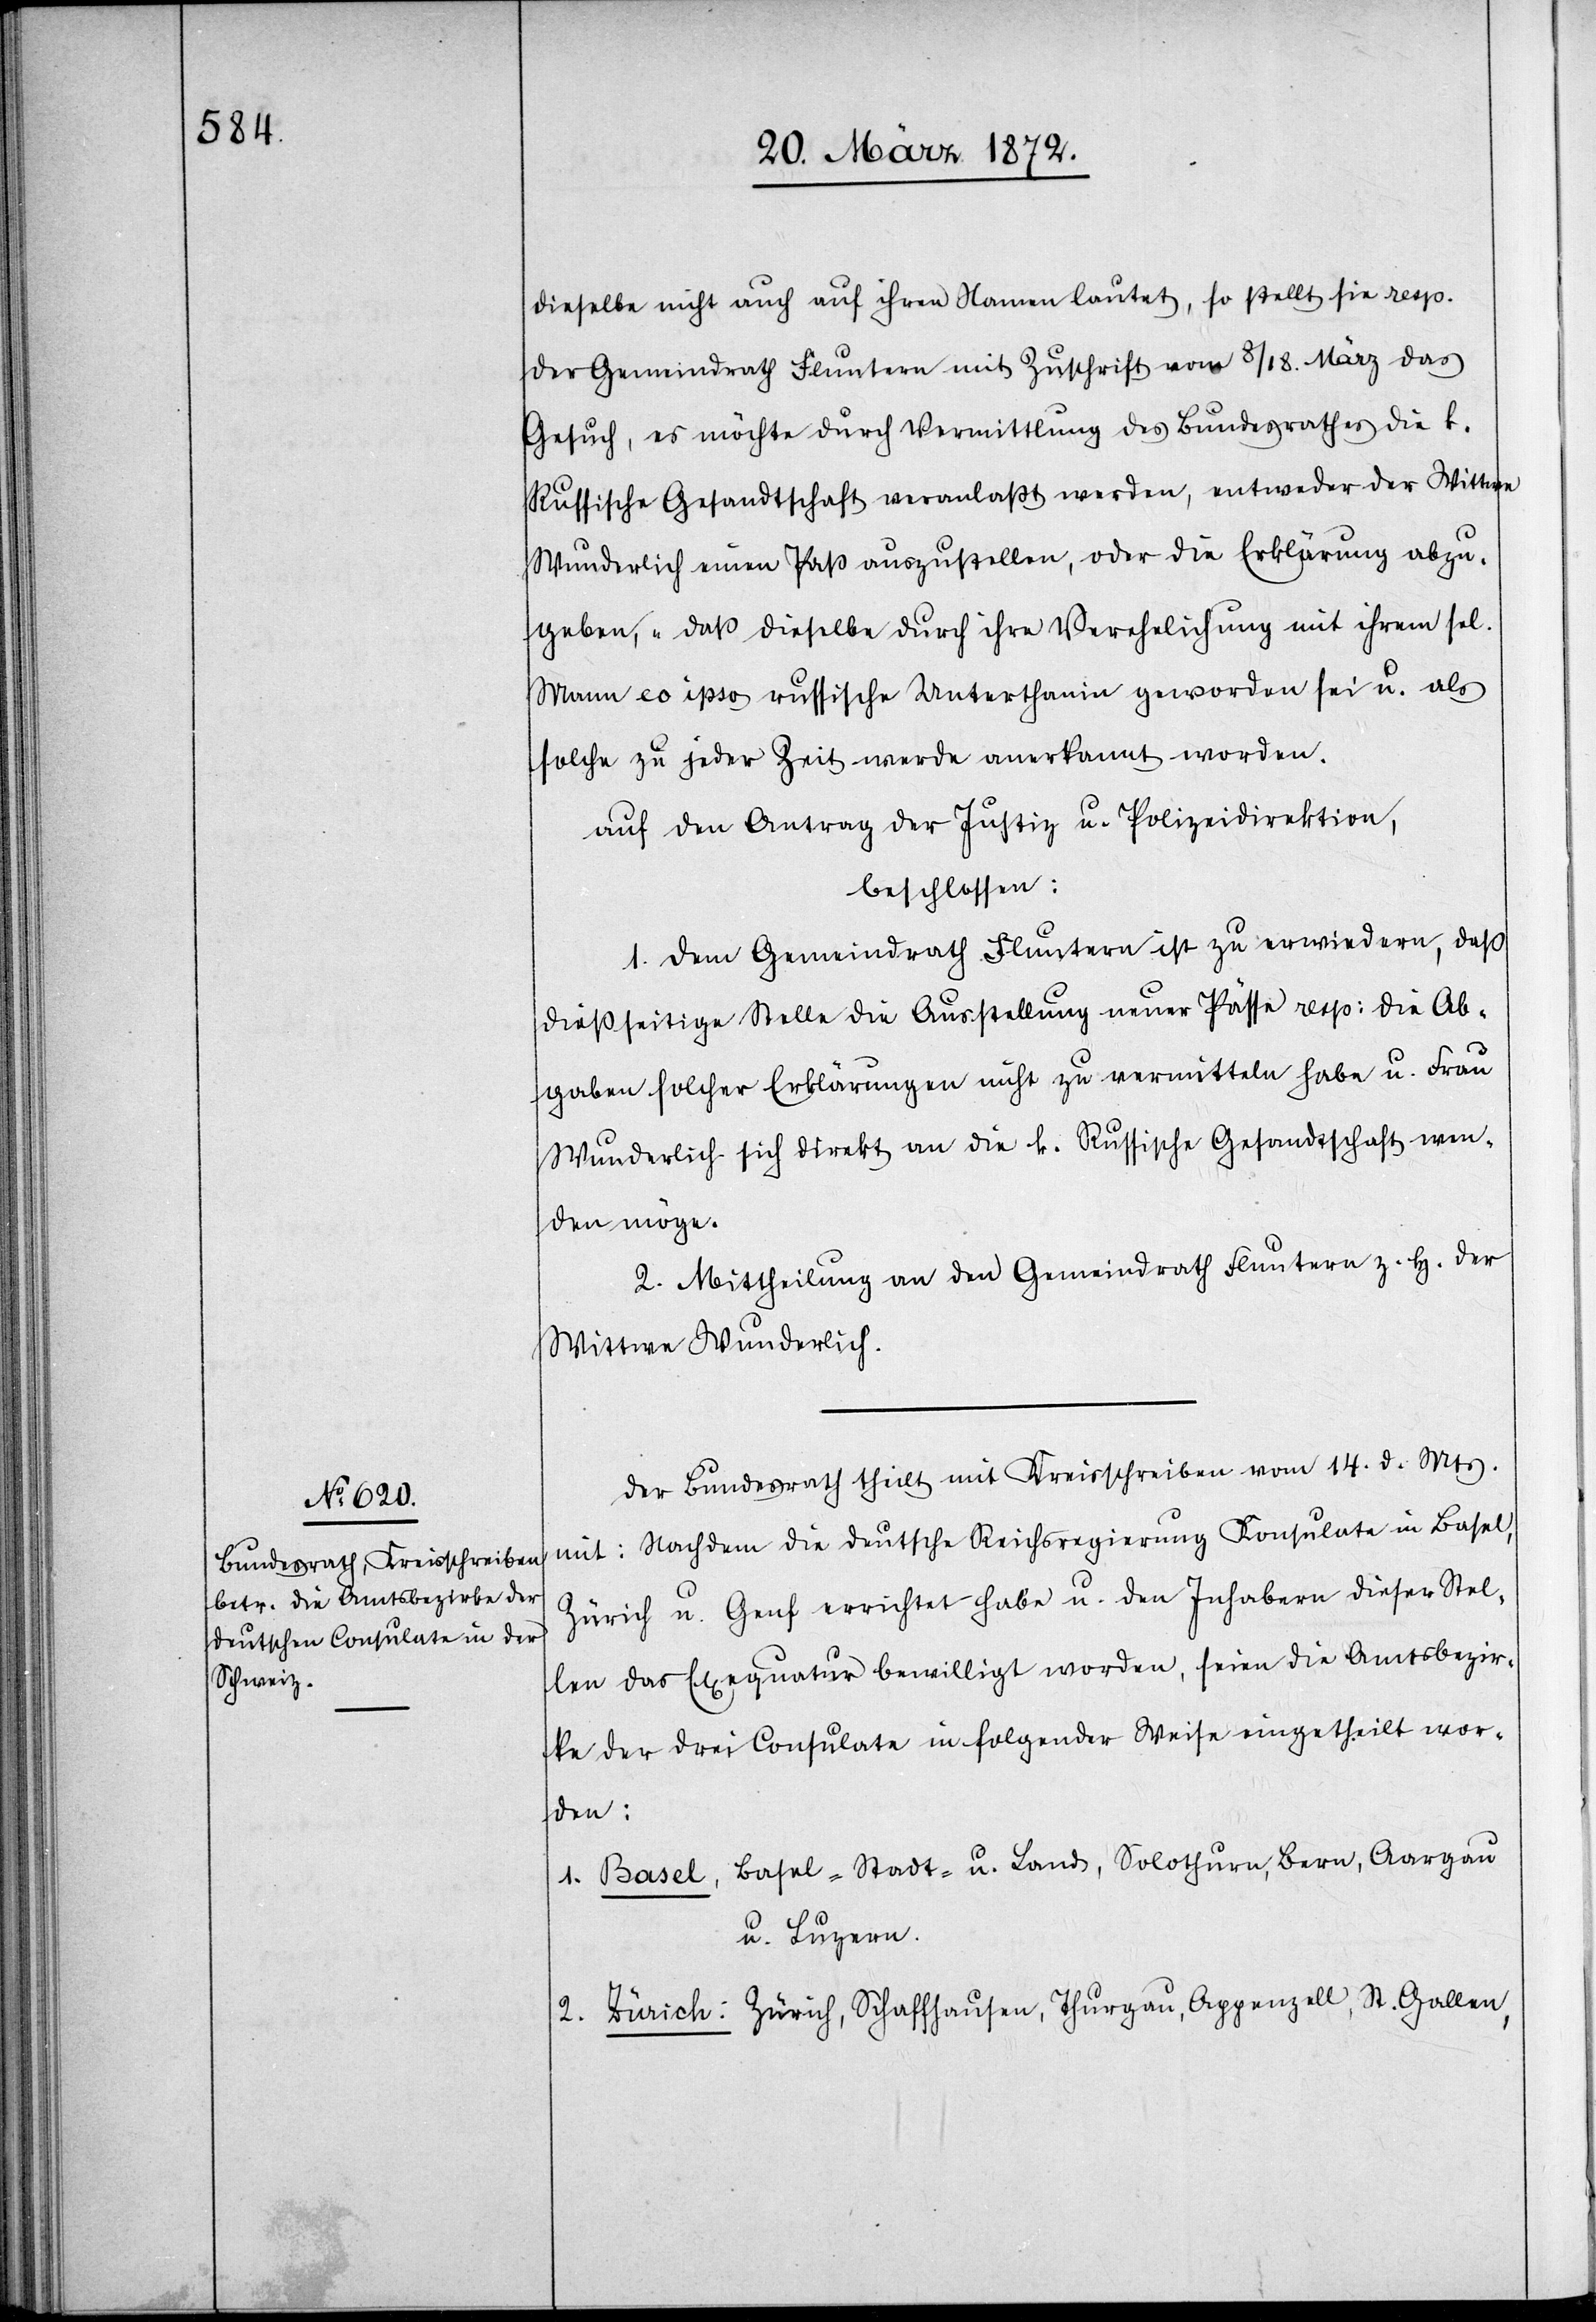
dieselbe nicht auch auf ihren Namen lautet, so stellt sie resp.
der Gemeindrath Fluntern mit Zuschrift vom 8/18. März das
Gesuch, es möchte durch Vermittlung des Bundesrathes die k.
Russische Gesandtschaft veranlaßt werden, entweder der Wittwe
Wunderlich einen Paß auszustellen, oder die Erklärung abzu¬
geben, „daß dieselbe durch ihre Verehelichung mit ihrem sel.
Mann eo ipso russische Unterthanin geworden sei u. als
solche zu jeder Zeit werde anerkannt worden
auf den Antrag der Justiz[-] u. Polizeidirektion,
beschlossen:
1. Dem Gemeindrath Fluntern ist zu erwiedern, daß
dießseitige Stelle die Ausstellung neuer Pässe resp: die Ab¬
gaben solcher Erklärungen nicht zu vermitteln habe u. Frau
Wunderlich sich direkt an die k. Russische Gesandtschaft wen¬
den möge.
2. Mittheilung an den Gemeindrath Fluntern z. H. der
Wittwe Wunderlich.
Der Bundesrath theilt mit Kreisschreiben vom 14. d. Mts.
mit: Nachdem die deutsche Reichsregierung Konsulate in Basel,
Zürich u. Genf errichtet habe u. den Inhabern dieser Stel¬
len das Exequatur bewilligt worden, seien die Amtsbezir¬
ke der drei Consulate in folgender Weise eingetheilt wor¬
den:
1. Basel, Basel-Stadt- u. Land, Solothurn, Bern, Aargau
u. Luzern.
2. Zürich: Zürich, Schaffhausen, Thurgau, Appenzell, St. Gallen,